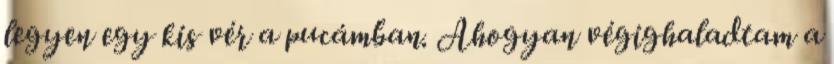
legyen egy kis vér a pucámban. Ahogyan végighaladtam a